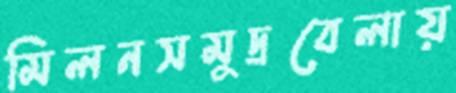
মিলনসমুদ্রবেলায়